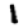
Digit: 1